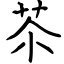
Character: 苶